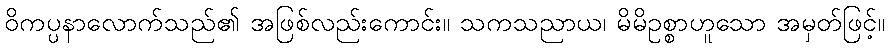
ဝိကပ္ပနာလောက်သည်၏ အဖြစ်လည်းကောင်း။ သကသညာယ၊ မိမိဥစ္စာဟူသော အမှတ်ဖြင့်။